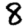
Digit: 8